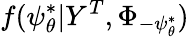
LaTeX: f(\psi_{\theta}^{*}|Y^{T},\Phi_{-\psi_{\theta}^{*}})